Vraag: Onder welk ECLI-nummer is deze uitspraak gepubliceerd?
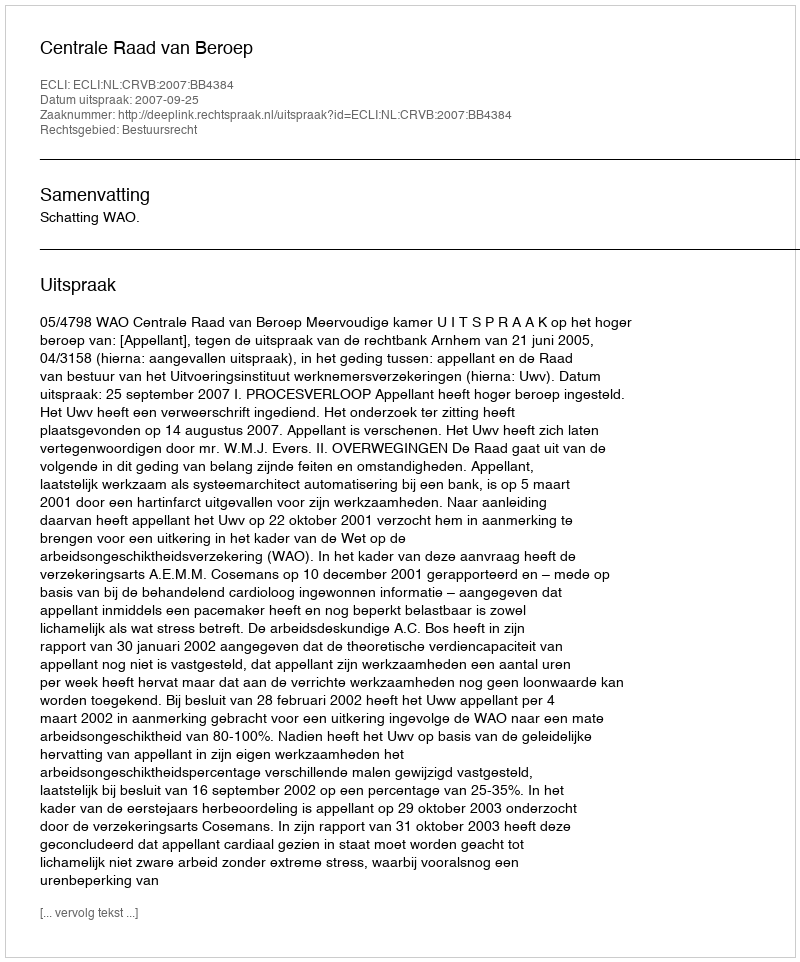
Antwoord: ECLI:NL:CRVB:2007:BB4384